Civil Veterinary Dept. North-West Frontier Province 1923-32 - 1923-1932
Year: 1923
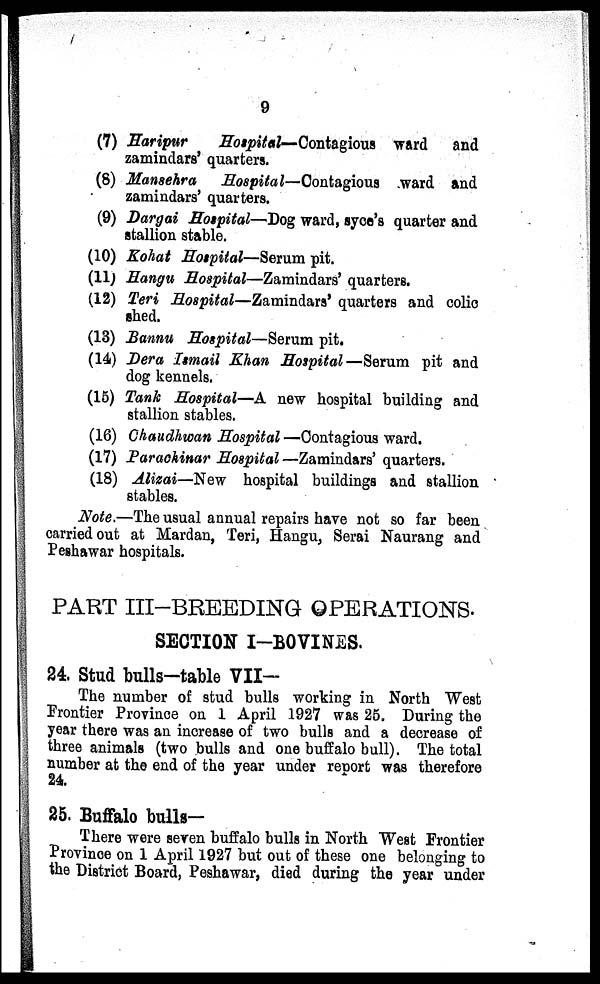
(7) Haripur
Hospital—Contagious
ward and
zamindars' quarters.
(8) Mansehra Hospital—Contagious ward and
zamindars' quarters.
(9) Dargai Hospital—Dog ward, syce's quarter and
stallion stable.
(10) Kohat Hospital—Serum pit.
(11) Hangu Hospital—Zamindars' quarters.
(12) Teri Hospital—Zamindars' quarters and colic
shed.
(13) Bannu Hospital—Serum pit.
(14) Dera Ismail Khan Hospital—Serum pit and
dog kennels.
(15) Tank Hospital—A new hospital building and
stallion stables.
(16) Chaudhwan Hospital —Contagious ward.
(17) Parachinar Hospital —Zamindars' quarters.
(18) Alizai—New hospital buildings and stallion
stables.
Note —The usual annual repairs have not so far been
carried out at Mardan, Teri, Hangu, Serai Naurang and
Peshawar hospitals.
PART III-BREEDING OPERATIONS.
SECTION I-BOVINES.
24. Stud bulls-table VII-
The number of stud bulls working in North West
Frontier Province on 1 April 1927 was 25. During the
year there was an increase of two bulls and a decrease of
three animals (two bulls and one buffalo bull). The total
number at the end of the year under report was therefore
24.
25. Buffalo bulls-
There were seven buffalo bulls in North West Frontier
Province on 1 April 1927 but out of these one belonging to
the District Board, Peshawar, died during the year under